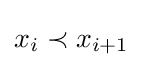
x_{i}\prec x_{i+1}